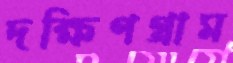
দক্ষিণগ্রাম